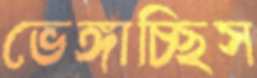
ভেঙ্গাচ্ছিস